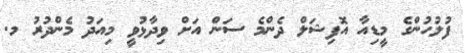
ފުލުހުންގެ މީޑިއާ އޮފިޝަލް ދެންމެ ސަން އަށް ވިދާޅުވީ މިއަދު މެންދުރު މ.